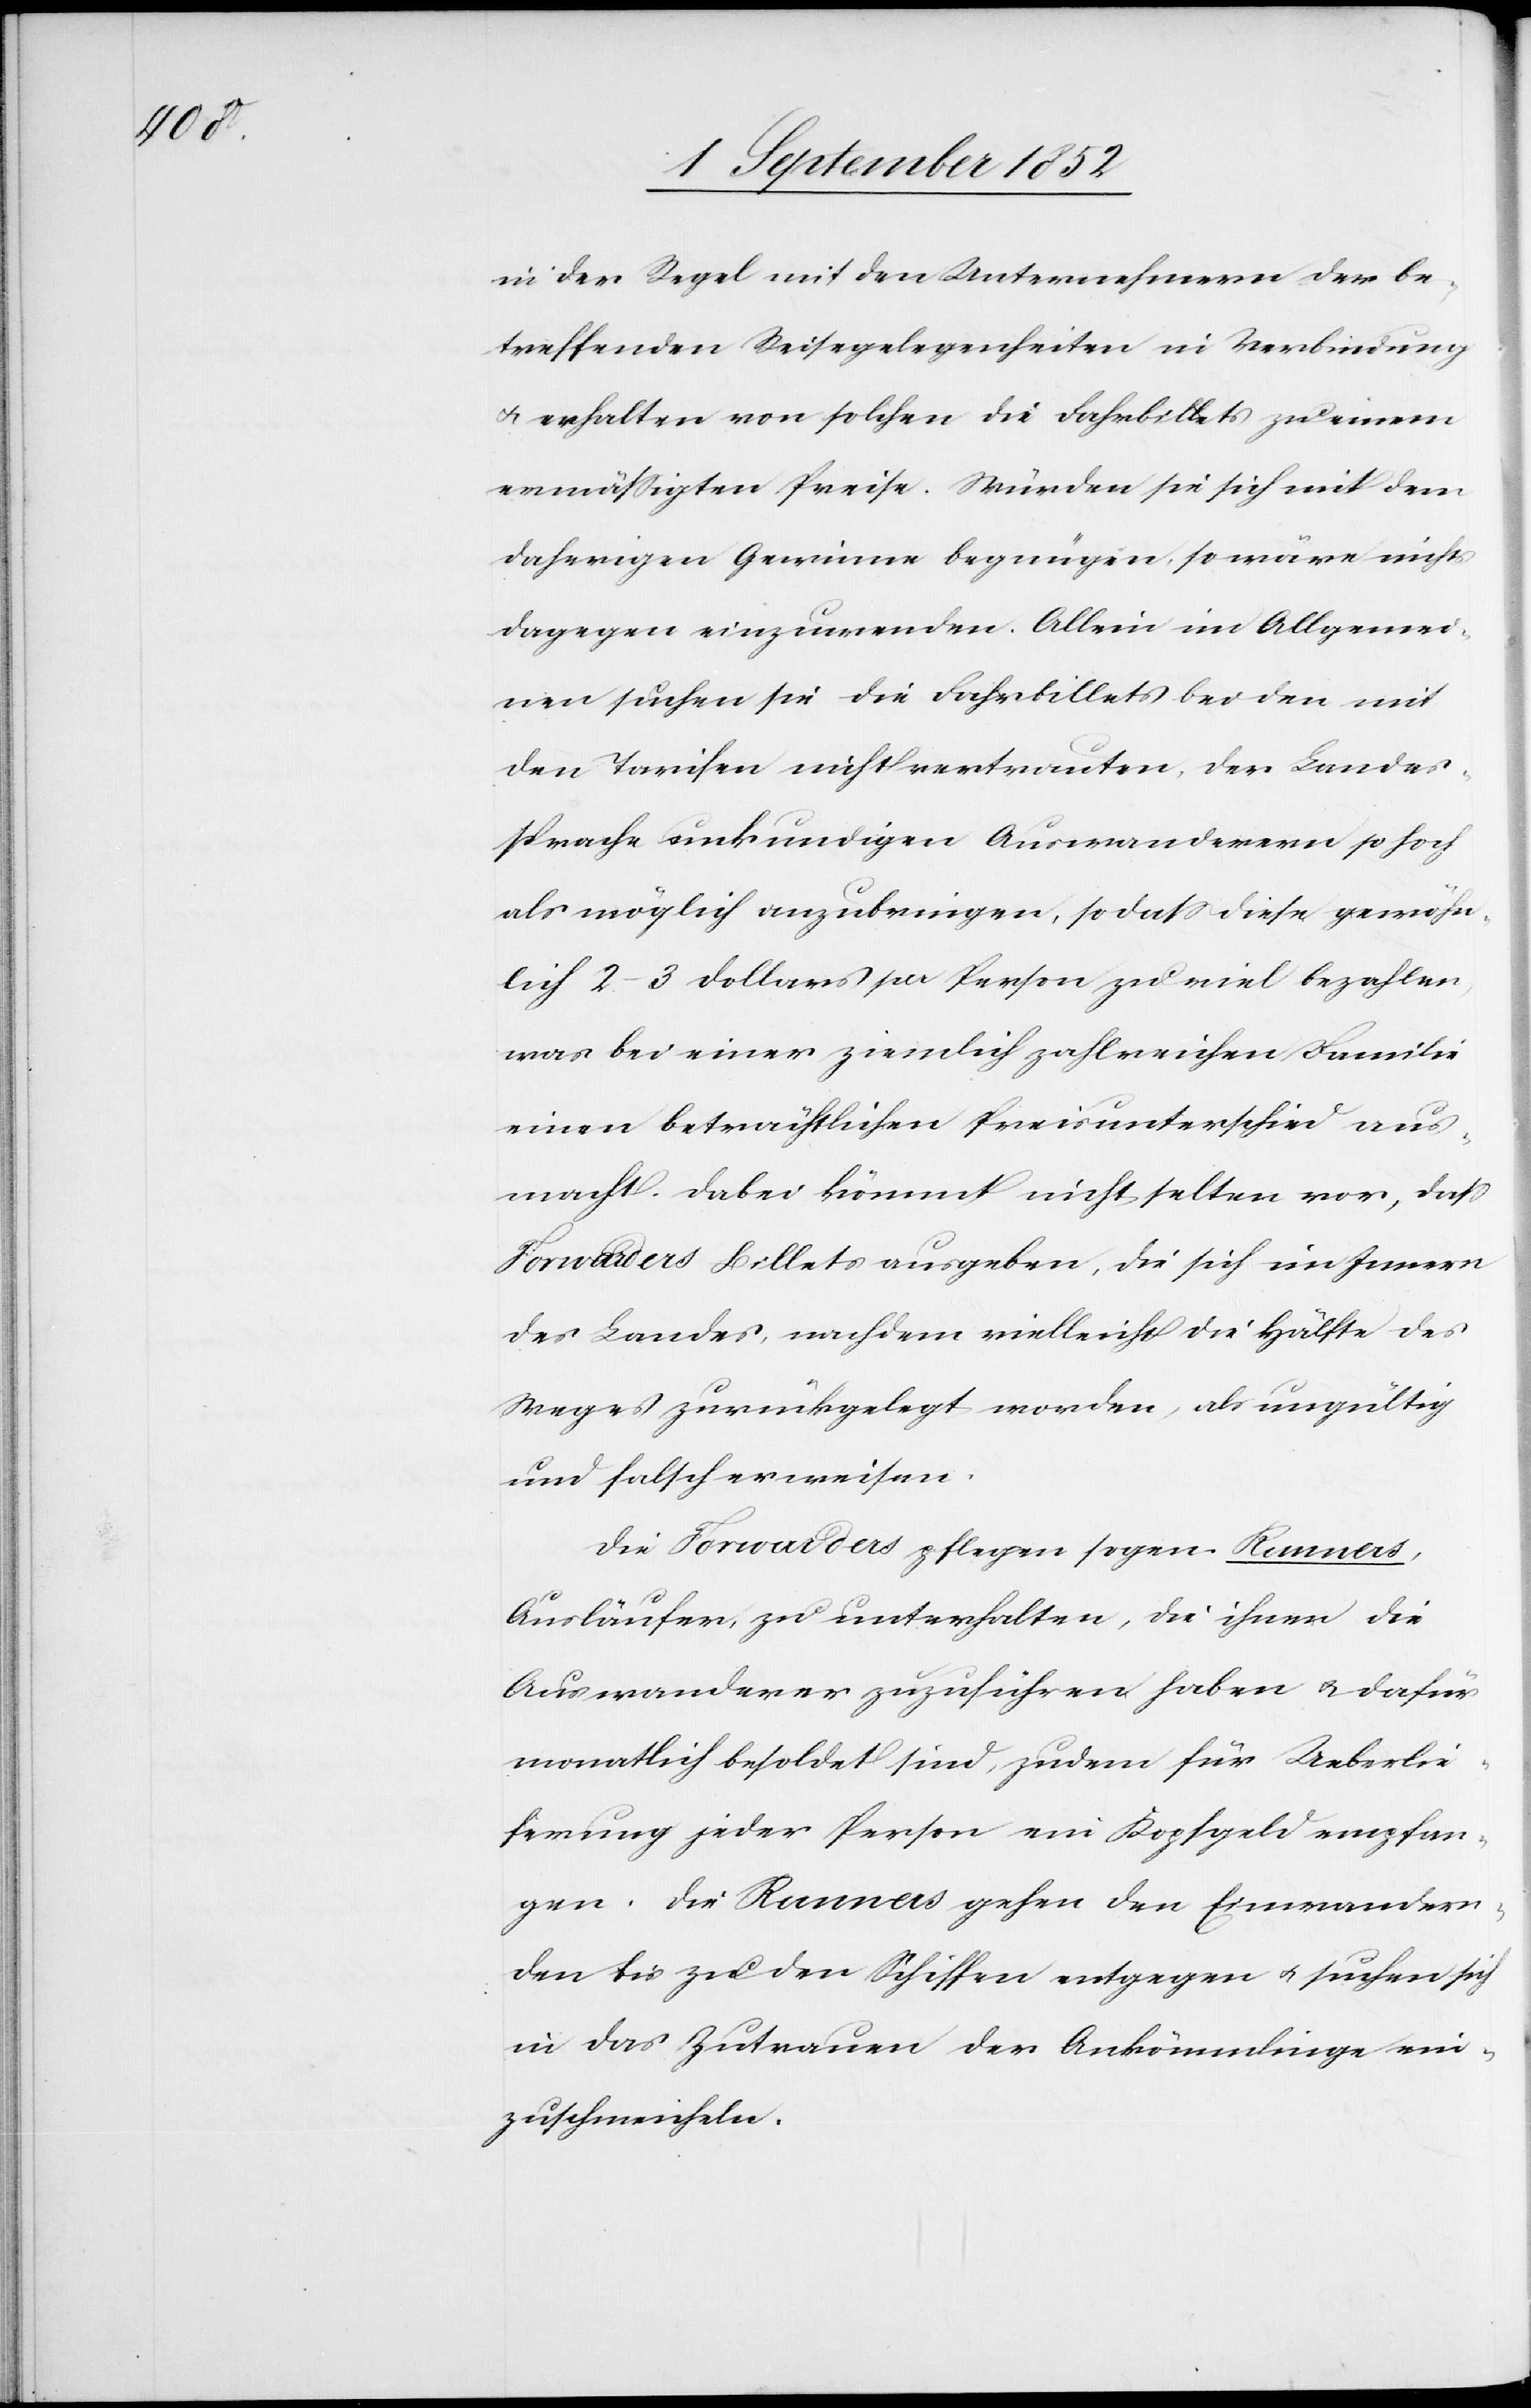
in der Regel mit den Unternehmern der be¬
treffenden Reisegelegenheiten in Verbindung
& erhalten von solchen die Fahrbillets zu einem
ermässigten Preise. Würden sie sich mit dem
daherigen Gewinne begnügen, so wäre nichts
dagegen einzuwenden. Allein im Allgemei¬
nen suchen sie die Fahrbillets bei den mit
den Tarifen nicht vertrauten, der Landes¬
sprache unkundigen Auswanderern so hoch
als möglich anzubringen, so dass diese gewöhn¬
lich 2–3 Dollars per Person zu viel bezahlen,
was bei einer ziemlich zahlreichen Familie
einen beträchtlichen Preisunterschied aus¬
macht. Dabei kömmt nicht selten vor, dass
Forwarders Billets ausgeben, die sich im Innern
des Landes, nachdem vielleicht die Hälfte des
Weges zurückgelegt worden, als ungültig
und falsch erweisen.
Die Forwarders pflegen sogen. Runners,
Ausläufer, zu unterhalten, die ihnen die
Auswanderer zuzuführen haben & dafür
monatlich besoldet sind, zudem für Ueberlie¬
ferung jeder Person ein Kopfgeld empfan¬
gen. Die Runners gehen den Einwandern¬
den bis zu den Schiffen entgegen & suchen sich
in das Zutrauen der Ankömmlinge ein¬
zuschmeicheln.